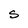
Character: S